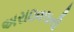
અરાઇવલની